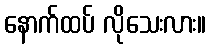
နောက်ထပ် လိုသေးလား။